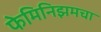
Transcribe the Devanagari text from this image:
फेमिनिझमचा